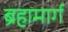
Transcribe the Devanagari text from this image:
ब्रहामार्ग